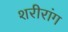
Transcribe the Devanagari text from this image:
शरीरांग